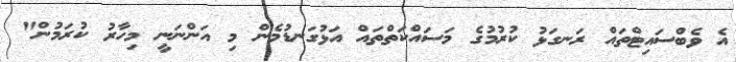
އެ ވެބްސައިޓްތައް ރަނގަޅު ކުރުމުގެ މަސައްކަތްތައް އަޅުގަނޑުމެން މި އަންނަނީ މިހާރު ކުރަމުން"